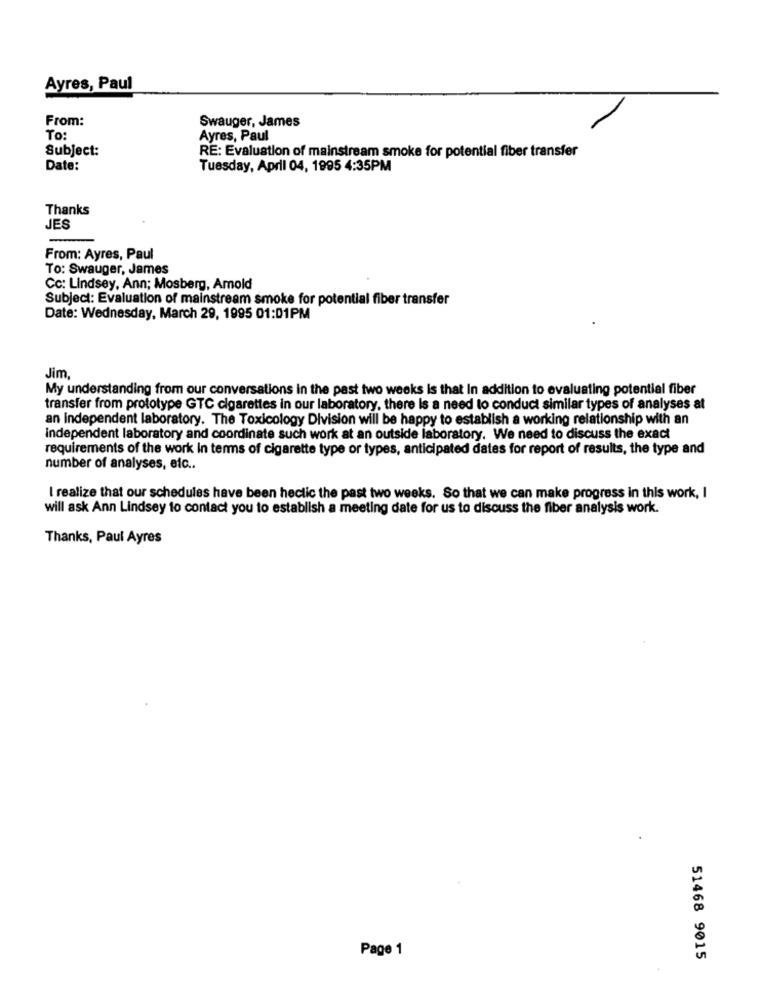
Ayres, Paul
From:
Swauger, James
To
Ayres, Paul
Subject:
RE: Evaluation of mainstream smoke for potential fiber transfer
Date:
Tuesday, April 04, 1995 4:35PM
Thanks
JES
From: Ayres, Paul
To: Swauger, James
Cc: Lindsey, Ann; Mosberg, Amold
Subject: Evaluation of mainstream smoke for potential fiber transfer
Date: Wednesday, March 29, 1995 01:01PM
Jim,
My understanding from our conversations in the past two weeks is that In addition to evaluating potential fiber
transfer from prototype GTC cigarettes in our laboratory, there is a need to conduct similar types of analyses at
an independent laboratory. The Toxicology Division will be happy to establish a working relationship with an
Independent laboratory and coordinate such work at an outside laboratory. We need to discuss the exact
requirements of the work in terms of cigarette type or types, anticipated dates for report of results, the type and
number of analyses, etc ..
I realize that our schedules have been hectic the past two weeks. So that we can make progress in this work, I
will ask Ann Lindsey to contact you to establish a meeting date for us to discuss the fiber analysis work.
Thanks, Paul Ayres
Page 1
51468 9015